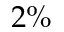
2 \%